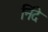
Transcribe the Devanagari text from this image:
निंदे